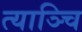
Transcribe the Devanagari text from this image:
त्याञ्चि